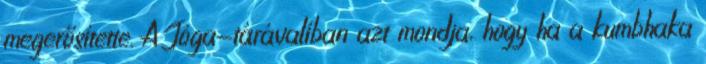
megerősítette. A Jóga-tárávalíban azt mondja, hogy ha a kumbhaka